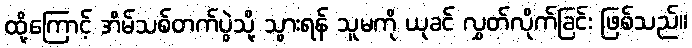
ထို့ကြောင့် အိမ်သစ်တက်ပွဲသို့ သွားရန် သူမကို ယုခင် လွှတ်လိုက်ခြင်း ဖြစ်သည်။